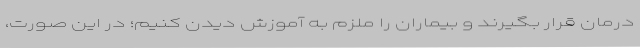
درمان قرار بگیرند و بیماران را ملزم به آموزش دیدن کنیم؛ در این صورت،